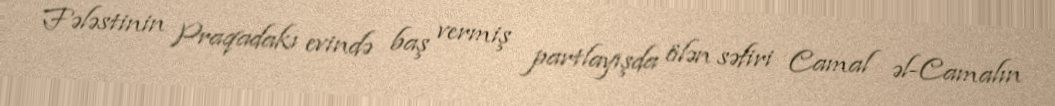
Fələstinin Praqadakı evində baş vermiş partlayışda ölən səfiri Camal əl-Camalın